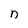
Character: n